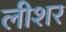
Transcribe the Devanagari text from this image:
लीशर